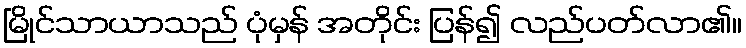
မြိုင်သာယာသည် ပုံမှန် အတိုင်း ပြန်၍ လည်ပတ်လာ၏။